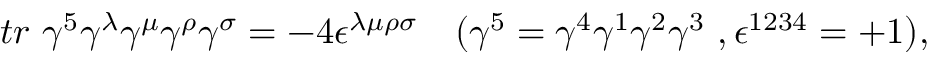
t r \ \gamma ^ { 5 } \gamma ^ { \lambda } \gamma ^ { \mu } \gamma ^ { \rho } \gamma ^ { \sigma } = - 4 \epsilon ^ { \lambda \mu \rho \sigma } \ \ \ ( \gamma ^ { 5 } = \gamma ^ { 4 } \gamma ^ { 1 } \gamma ^ { 2 } \gamma ^ { 3 } \ , \epsilon ^ { 1 2 3 4 } = + 1 ) ,